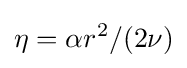
\eta =\alpha r^{2}/(2\nu )